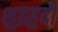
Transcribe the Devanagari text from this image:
शुइहुदी